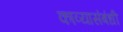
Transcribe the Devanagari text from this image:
काव्यासंबंधी